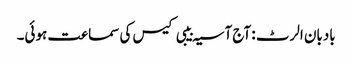
بادبان الرٹ : آج آسیہ بیبی کیس کی سماعت ہوئی۔